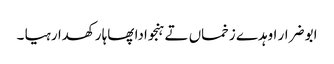
ابو ضرار اوہدے زخماں تے ہنجوادا پھاہا رکھدا رہیا ۔